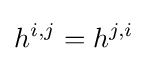
h^{i,j}=h^{j,i}